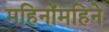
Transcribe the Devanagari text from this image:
महिनोंमहिने